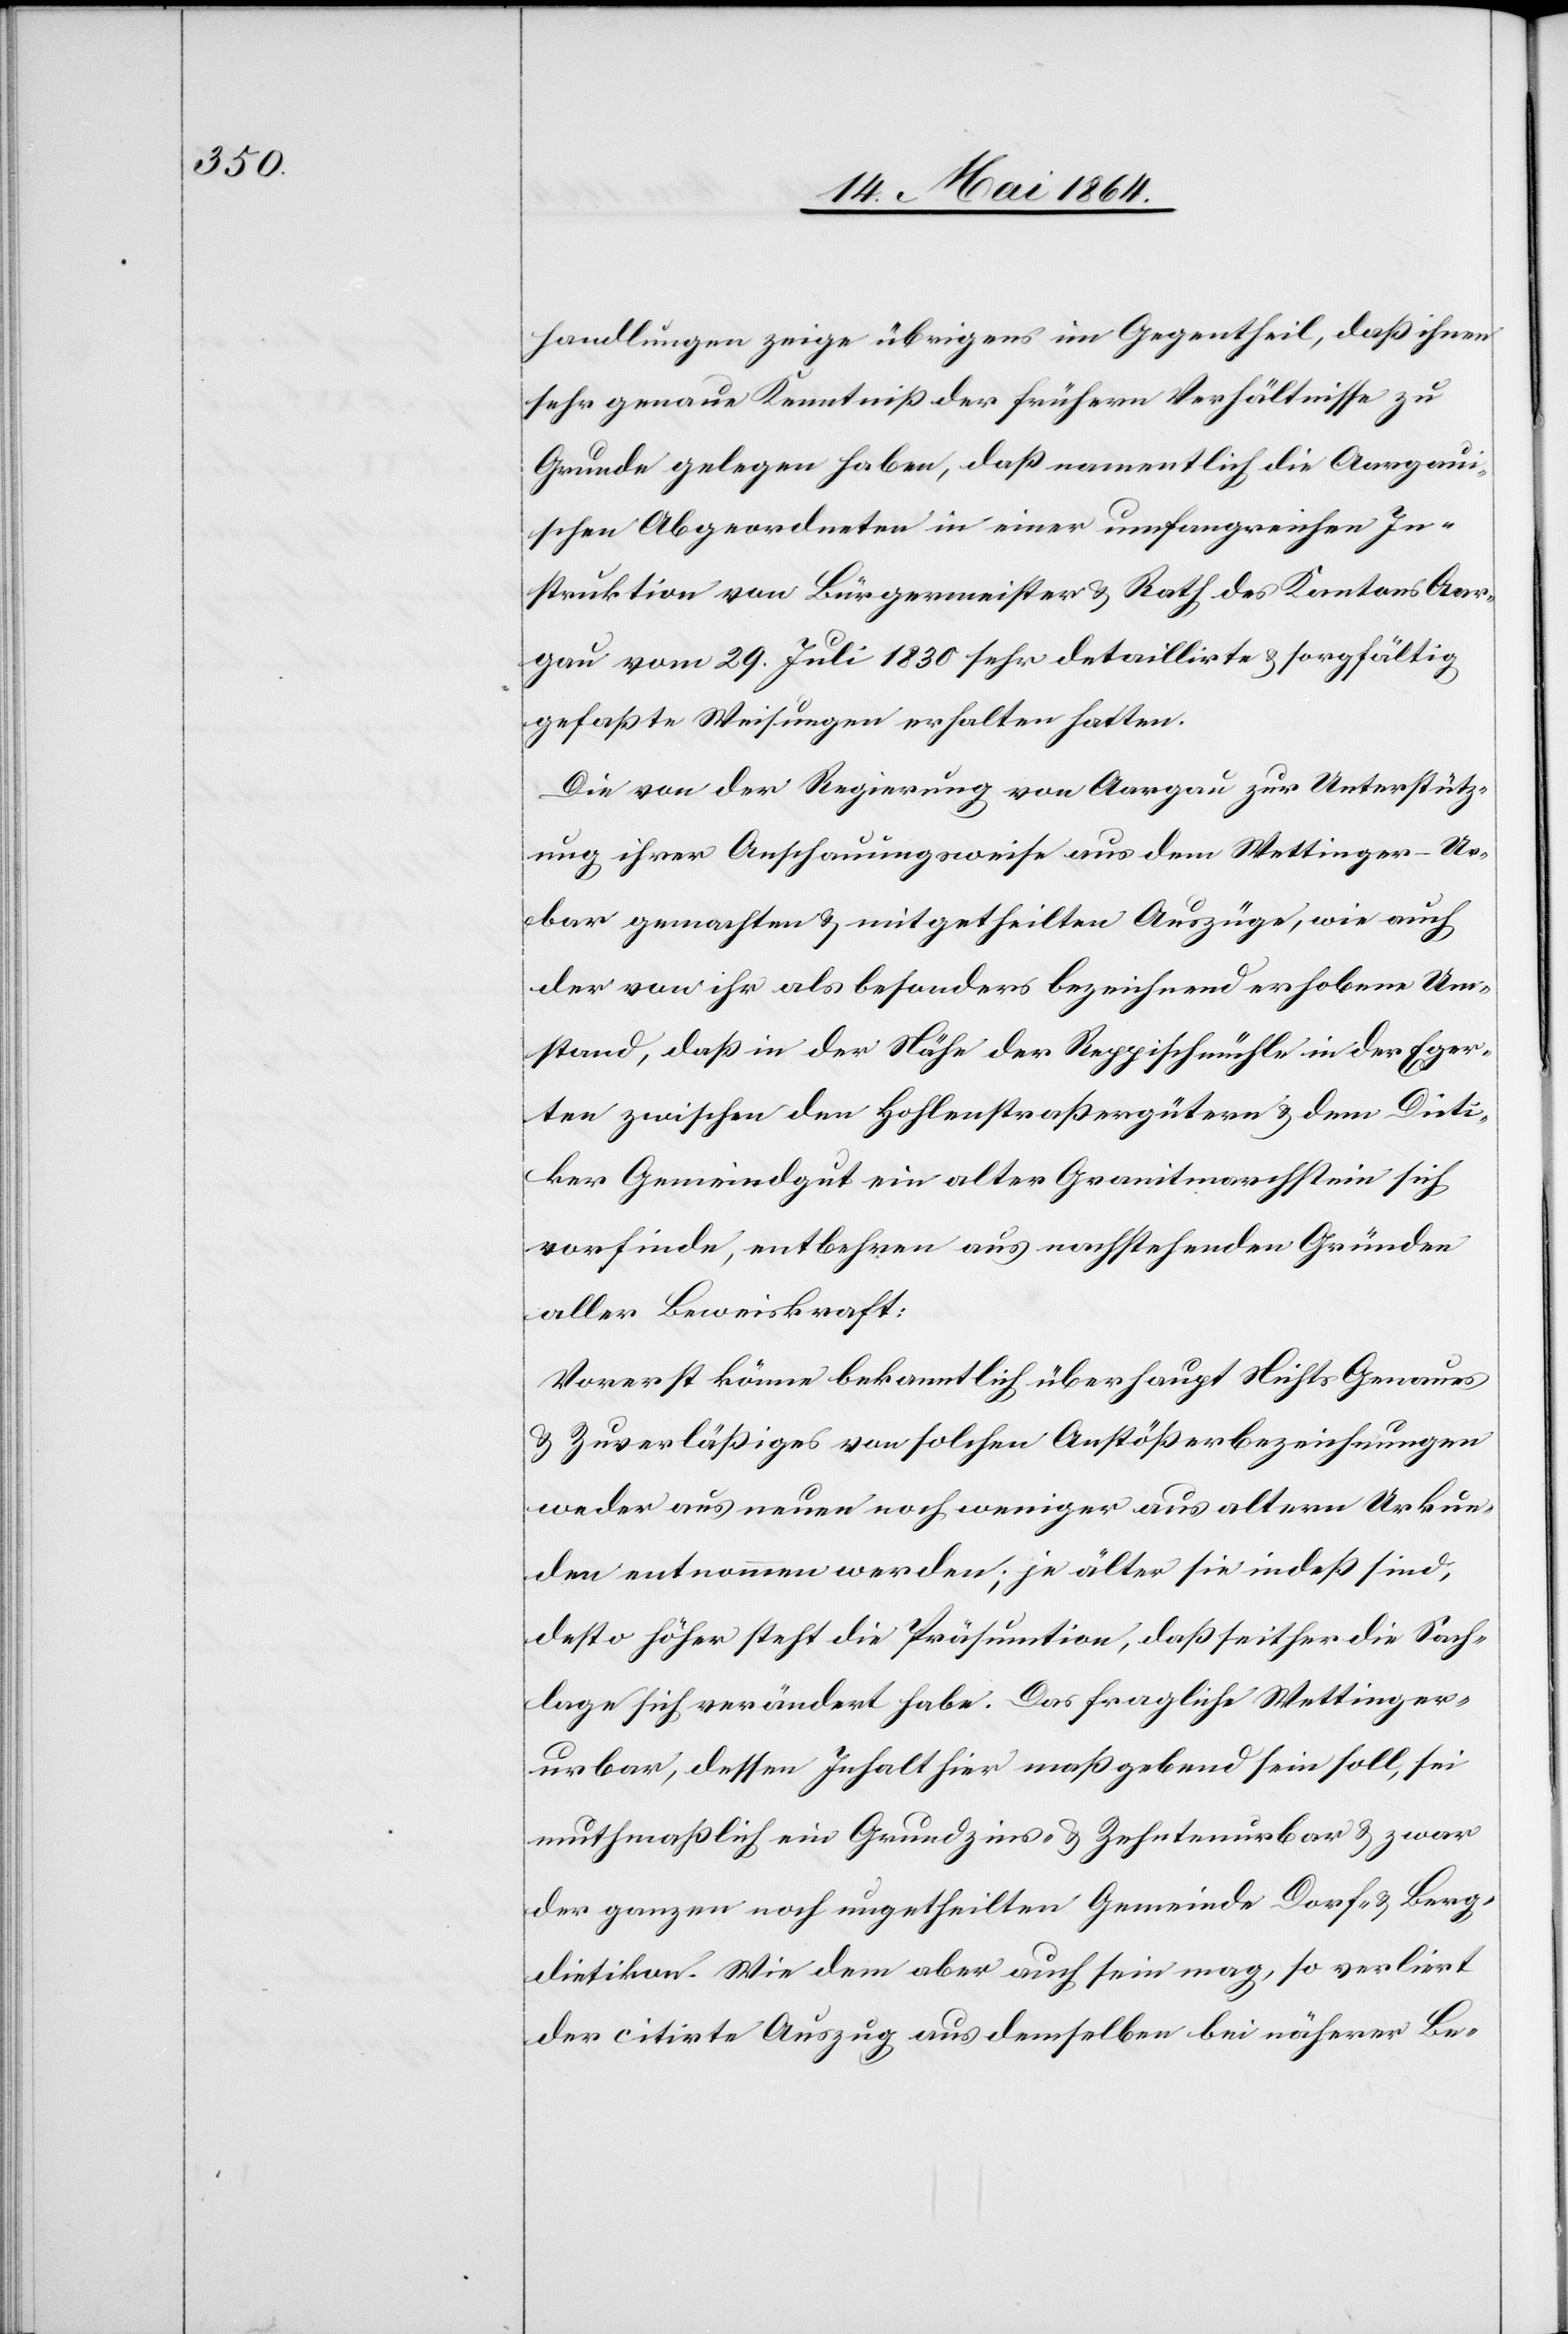
handlungen zeige übrigens im Gegentheil, daß ihnen
sehr genaue Kenntniß der frühern Verhältnisse zu
Grunde gelegen haben, daß namentlich die Aargaui¬
schen Abgeordneten in einer umfangreichen In¬
struktion von Bürgermeister u. Rath des Kantons Aar¬
gau vom 29. Juli 1830 sehr detaillirte u. sorgfältig
gefaßte Weisungen erhalten hatten.
Die von der Regierung von Aargau zur Unterstütz¬
ung ihrer Anschauungsweise aus dem Wettinger-Ur¬
bar gemachten u. mitgetheilten Auszüge, wie auch
der von ihr als besonders bezeichnend erhobene Um¬
stand, daß in der Nähe der Reppischmühle in der Eger¬
ten zwischen den Hohlenstraßengütern u. dem Dieti¬
ker Gemeindgut ein alter Granitmarchstein sich
vorfinde, entbehren aus nachstehenden Gründen
aller Beweiskraft:
Vorerst könne bekanntlich überhaupt Nichts Genaues
u. Zuverläßiges von solchen Anstößerbezeichnungen
weder aus neuen noch weniger aus altern [sic!] Urkun¬
den entnommen werden; je älter sie indeß sind,
desto höher steht die Präsumtion, daß seither die Sach¬
lage sich verändert habe. Das fragliche Wettinger¬
urbar, dessen Inhalt hier maßgebend sein soll, sei
muthmaßlich ein Grundzins- u. Zehntenurbar u. zwar
der ganzen noch ungetheilten Gemeinde Dorf- u. Berg¬
dietikon. Wie dem aber auch sein mag, so verliert
der citirte Auszug aus demselben bei näherer Be-